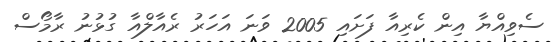
ސެވިއްޔާ އިން ކެރިއާ ފަށައި 2005 ވަނަ އަހަރު ރެއާލްއާ ގުޅުނު ރާމޯސް